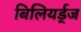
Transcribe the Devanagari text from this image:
बिलियर्ड्‌ज